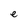
Character: e